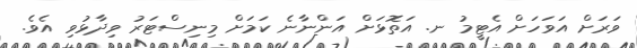
ވަރަށް އަވަހަށް އެޓީމު ނ. އަތޮޅަށް އަންނާނެ ކަމަށް މިނިސްޓަރު ވިދާޅުވި އެވެ.